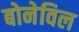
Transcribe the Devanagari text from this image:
बोनेविल